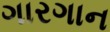
ગારગાન